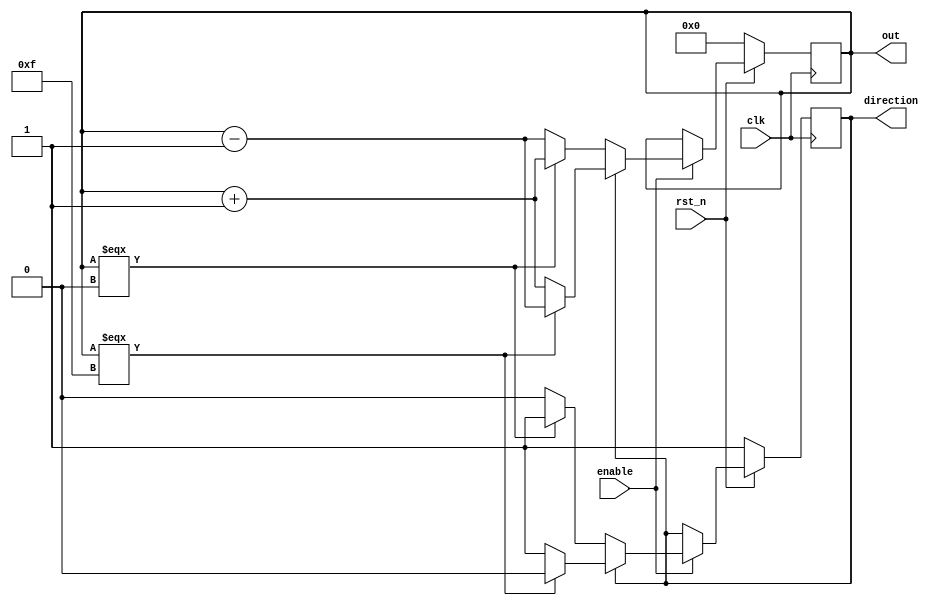
`timescale 1ns/1ps

module Ping_Pong_Counter (clk, rst_n, enable, direction, out);

    input clk, rst_n;
    input enable;
    output direction;
    output [4-1:0] out;

    wire [4-1:0] next_counter, pre_counter;

    reg [4-1:0] counter;
    reg direction;

    assign next_counter = counter + 1;
    assign pre_counter = counter - 1;
    assign out = counter;

    always @(posedge clk) begin
        if (!rst_n) begin
            counter <= 0;
            direction <= 1;
        end
        else begin
            if (enable) begin
                if (direction) begin
                    if (counter === 4'b1111) begin
                        direction <= 0;
                        counter <= pre_counter;
                    end
                    else begin
                        counter <= next_counter;
                    end
                end
                else begin
                    if (counter === 4'b0000) begin
                        direction <= 1;
                        counter <= next_counter;
                    end
                    else begin
                        counter <= pre_counter;
                    end
                end
            end
            else begin
                counter <= counter;
                direction <= direction;
            end
        end
    end

endmodule